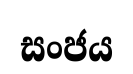
සංජය